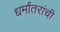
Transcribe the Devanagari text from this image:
धर्मांतरांची